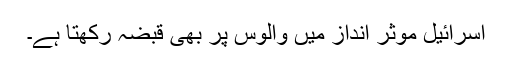
اسرائیل موثر انداز میں والوس پر بھی قبضہ رکھتا ہے۔